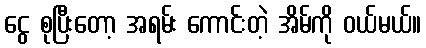
ငွေ စုပြီးတော့ အရမ်း ကောင်းတဲ့ အိမ်ကို ဝယ်မယ်။